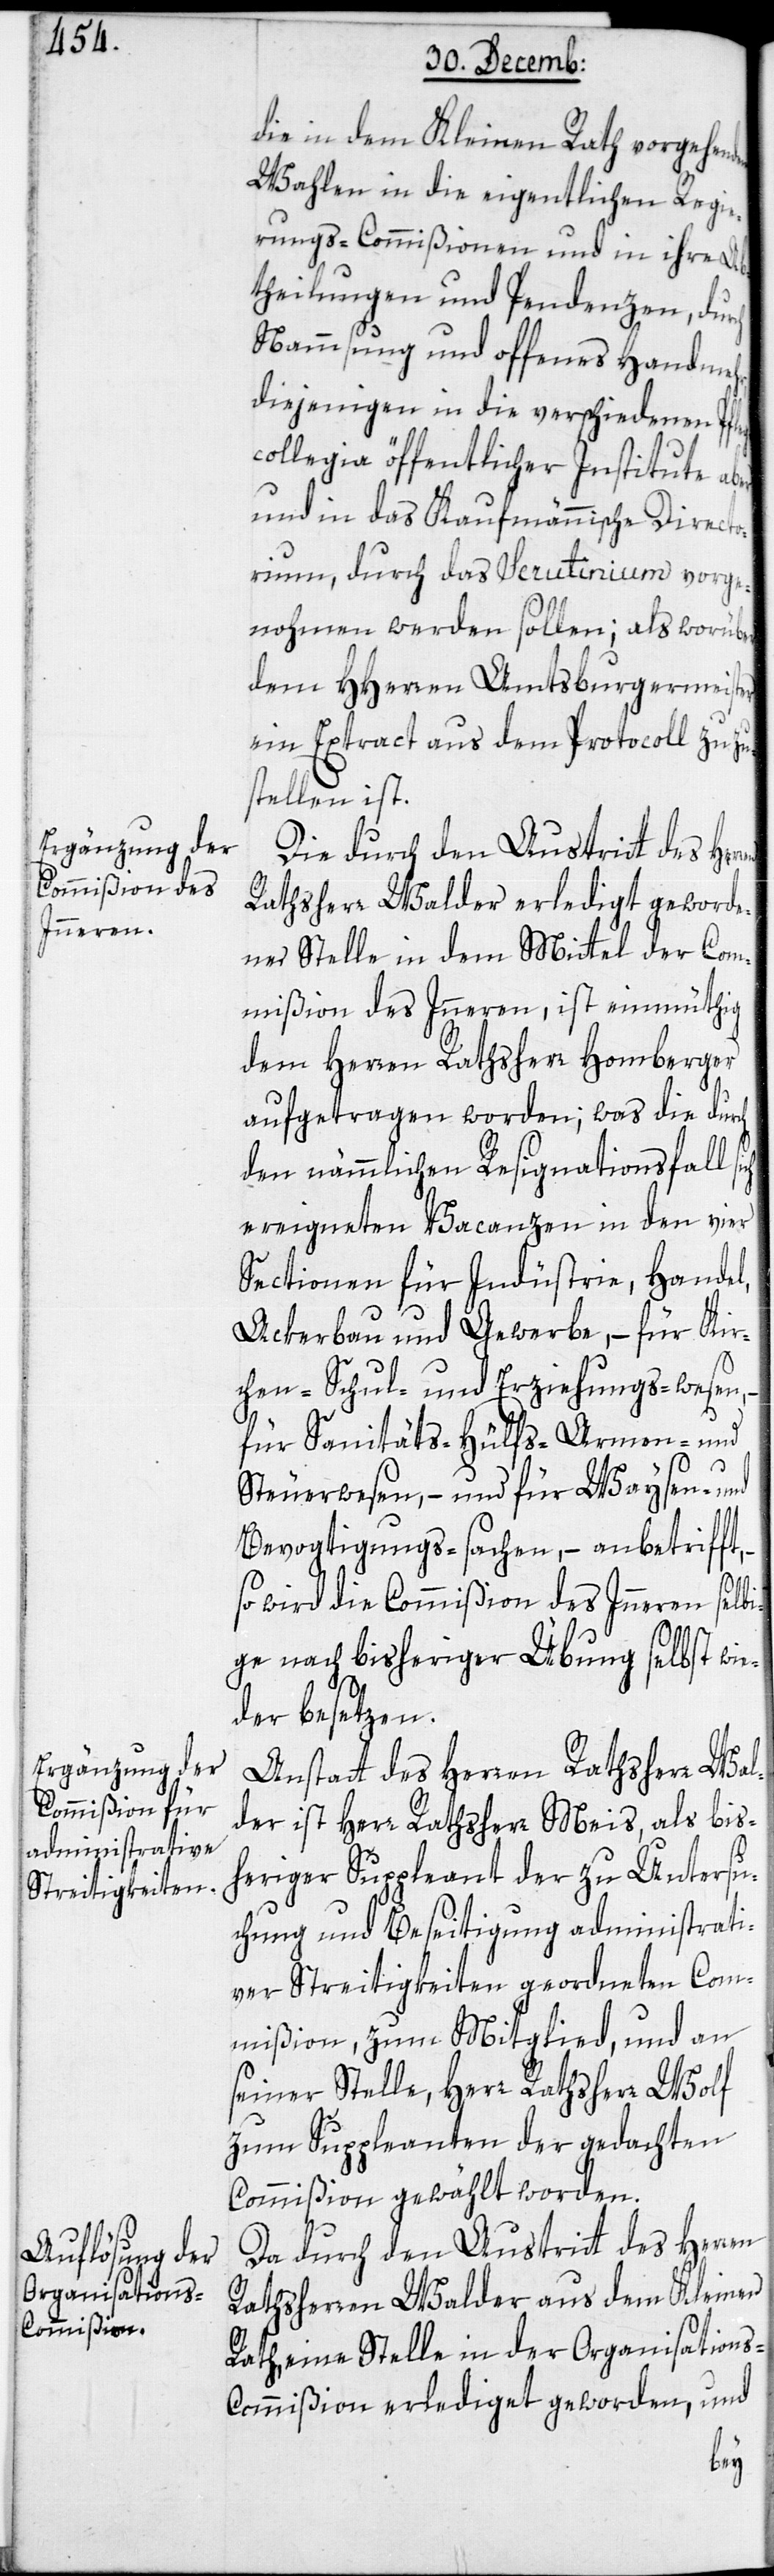
die in dem Kleinen Rath vorgehend¬
Wahlen in die eigentlichen Regie¬
rungs-Commißionen und in ihre Ab¬
theilungen und Pendenzen, durch
Nammsung und offenes Handmehr,
diejenigen in die verschiedenen Pf¬
collegia öffentlicher Institute aber
und in das Kaufmännische Directo¬
rium, durch das Scrutinium vorge¬
nohmen werden sollen; als worüber
dem HHerren Amtsburgermeister
ein Extract aus dem Protocoll zuzus¬
tellen ist.
Rathsherr Walder erledigt geworde¬
ner Stelle in dem Mittel der Com¬
mißion des Inneren, ist einmüthig
dem Herren Rathsherr Homberger
aufgetragen worden; was die durch
den nämmlichen Resignationsfall
ereigneten Vacanzen in den vier
Sectionen für Industrie, Handel,
Ackerbau und Gewerbe, – für Kir¬
chen-[,] Schul- und Erziehungs-wesen,
für Sanitäts-[,] Hülfs-[,] Armen- und
Steuerwesen, – und für Waysen- und
Bevogtigungs-sachen, – anbetrifft,
en
so wird die Commißion des Inneren selbi¬
ge nach bisheriger Übung selbst wie¬
der besetzen.
Anstatt des Herren Rathsherr Wal¬
der ist Herr Rathsherr Meis, als bis¬
heriger Suppleant der zu Untersu¬
chung und Beseitigung administrati¬
ver Streitigkeiten geordneten Com¬
mißion zum Mitglied, und an
seiner Stelle, Herr Rathsherr Wolf
zum Suppleanten der gedachten
Commißion gewählt worden.
Da durch den Austritt des Herren
Rathsherren Walder aus dem kleinen
Rath, eine Stelle in der Organisation¬
s-Commißion erlediget geworden, und
leg¬